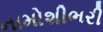
નામોશીભરી